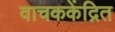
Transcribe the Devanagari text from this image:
वाचककेंद्रित